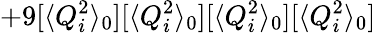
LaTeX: +9[\langle Q_{i}^{2}\rangle_{0}][\langle Q_{i}^{2}\rangle_{0}][\langle Q_{i}^{2}\rangle_{0}][\langle Q_{i}^{2}\rangle_{0}]